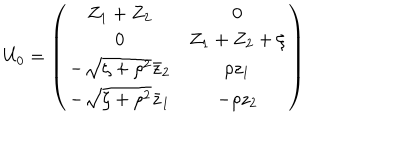
U _ { 0 } = \left( \begin{array} { c c } { { Z _ { 1 } + Z _ { 2 } } } & { { 0 } } \\ { { 0 } } & { { Z _ { 1 } + Z _ { 2 } + \zeta } } \\ { { - \sqrt { \zeta + \rho ^ { 2 } } \bar { z } _ { 2 } } } & { { \rho z _ { 1 } } } \\ { { - \sqrt { \zeta + \rho ^ { 2 } } \bar { z } _ { 1 } } } & { { - \rho z _ { 2 } } } \\ \end{array} \right)